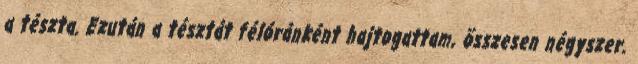
a tészta. Ezután a tésztát félóránként hajtogattam, összesen négyszer.